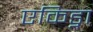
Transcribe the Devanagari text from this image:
एकिड्ना